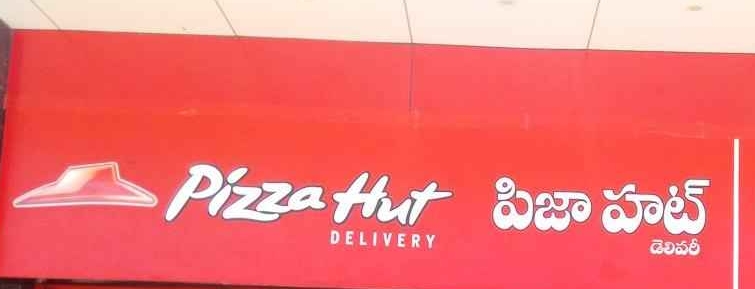
Language: telugu
Transcription: పిజా హట్ డెలివరీ